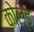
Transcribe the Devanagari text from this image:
कोल्‍ड